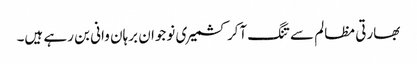
بھارتی مظالم سے تنگ آکر کشمیری نوجوان برہان وانی بن رہے ہیں۔